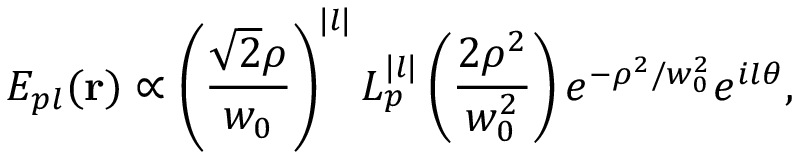
E _ { p l } ( \mathbf { r } ) \propto \left( \frac { \sqrt { 2 } \rho } { w _ { 0 } } \right) ^ { | l | } L _ { p } ^ { | l | } \left( \frac { 2 \rho ^ { 2 } } { w _ { 0 } ^ { 2 } } \right) e ^ { - \rho ^ { 2 } / w _ { 0 } ^ { 2 } } e ^ { i l \theta } ,